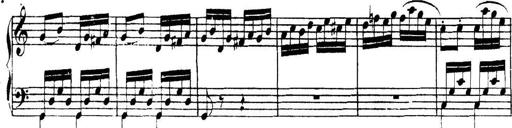
Title: Collected Piano Sonatas
Composer: Muzio Clementi